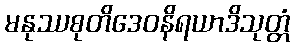
မနုဿစုတိဒေဝနိရယာဒိသုတ္တံ